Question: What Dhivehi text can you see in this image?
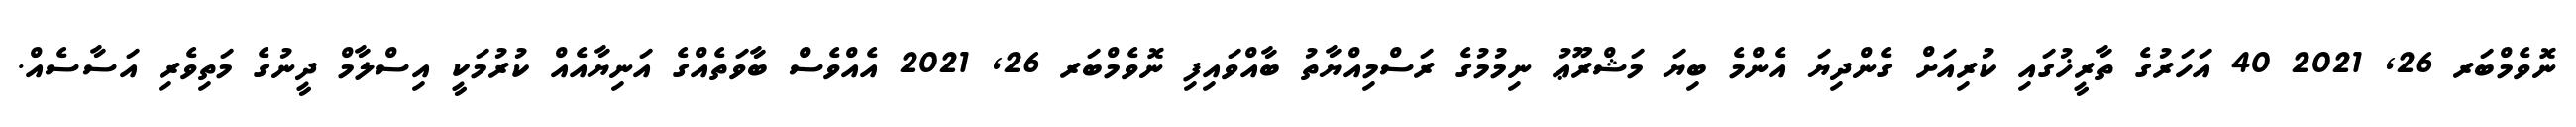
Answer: ނޮވެމްބަރ 26, 2021 40 އަހަރުގެ ތާރީޚުގައި ކުރިއަށް ގެންދިޔަ އެންމެ ބިޔަ މަޝްރޫޢު ނިމުމުގެ ރަސްމިއްޔާތު ބާއްވައިފި ނޮވެމްބަރ 26, 2021 އެއްވެސް ބާވަތެއްގެ އަނިޔާއެއް ކުރުމަކީ އިސްލާމް ދީނުގެ މަތިވެރި އަސާސެއް.